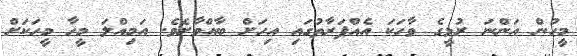
މީހުން އަންނަ ރުޅީގެ ވާހަކަ އެއްފަރާތުގައި އިހަށް ބާއްވާށެވެ. އަމިއްލަ މީހާ މީހަކަށް